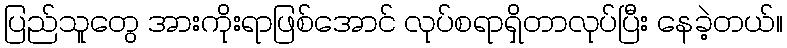
ပြည်သူတွေ အားကိုးရာဖြစ်အောင် လုပ်စရာရှိတာလုပ်ပြီး နေခဲ့တယ်။